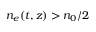
n _ { e } ( t , z ) > n _ { 0 } / 2